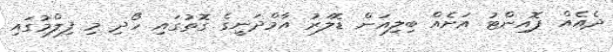
ދެއެއް ޕޮއިންޓު އަށެއް ބިލިއަން ޑޮލަރު އާމްދަނީގެ ގޮތުގައި ހޯދި މި ފިލްމުގައި